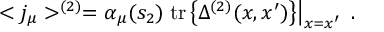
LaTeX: < j _ { \mu } > ^ { ( 2 ) } = \alpha _ { \mu } ( s _ { 2 } ) \left. \mathrm { t r } \left\{ \Delta ^ { ( 2 ) } ( x , x ^ { \prime } ) \right\} \right| _ { x = x ^ { \prime } } \; .